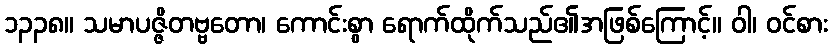
၁၃၃၈။ သမာပဇ္ဇိတဗ္ဗတော၊ ကောင်းစွာ ရောက်ထိုက်သည်၏အဖြစ်ကြောင့်။ ဝါ၊ ဝင်စား